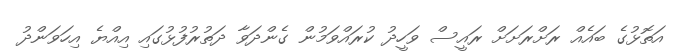
އަތޮޅުގެ ބައެއް ރަށްރަށަށް ރައީސް ވަހީދު ކުރައްވަމުން ގެންދަވާ ދަތުރުފުޅުގައި އިއްޔެ އިހަވަންދު